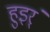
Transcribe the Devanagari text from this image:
हुइर्ं